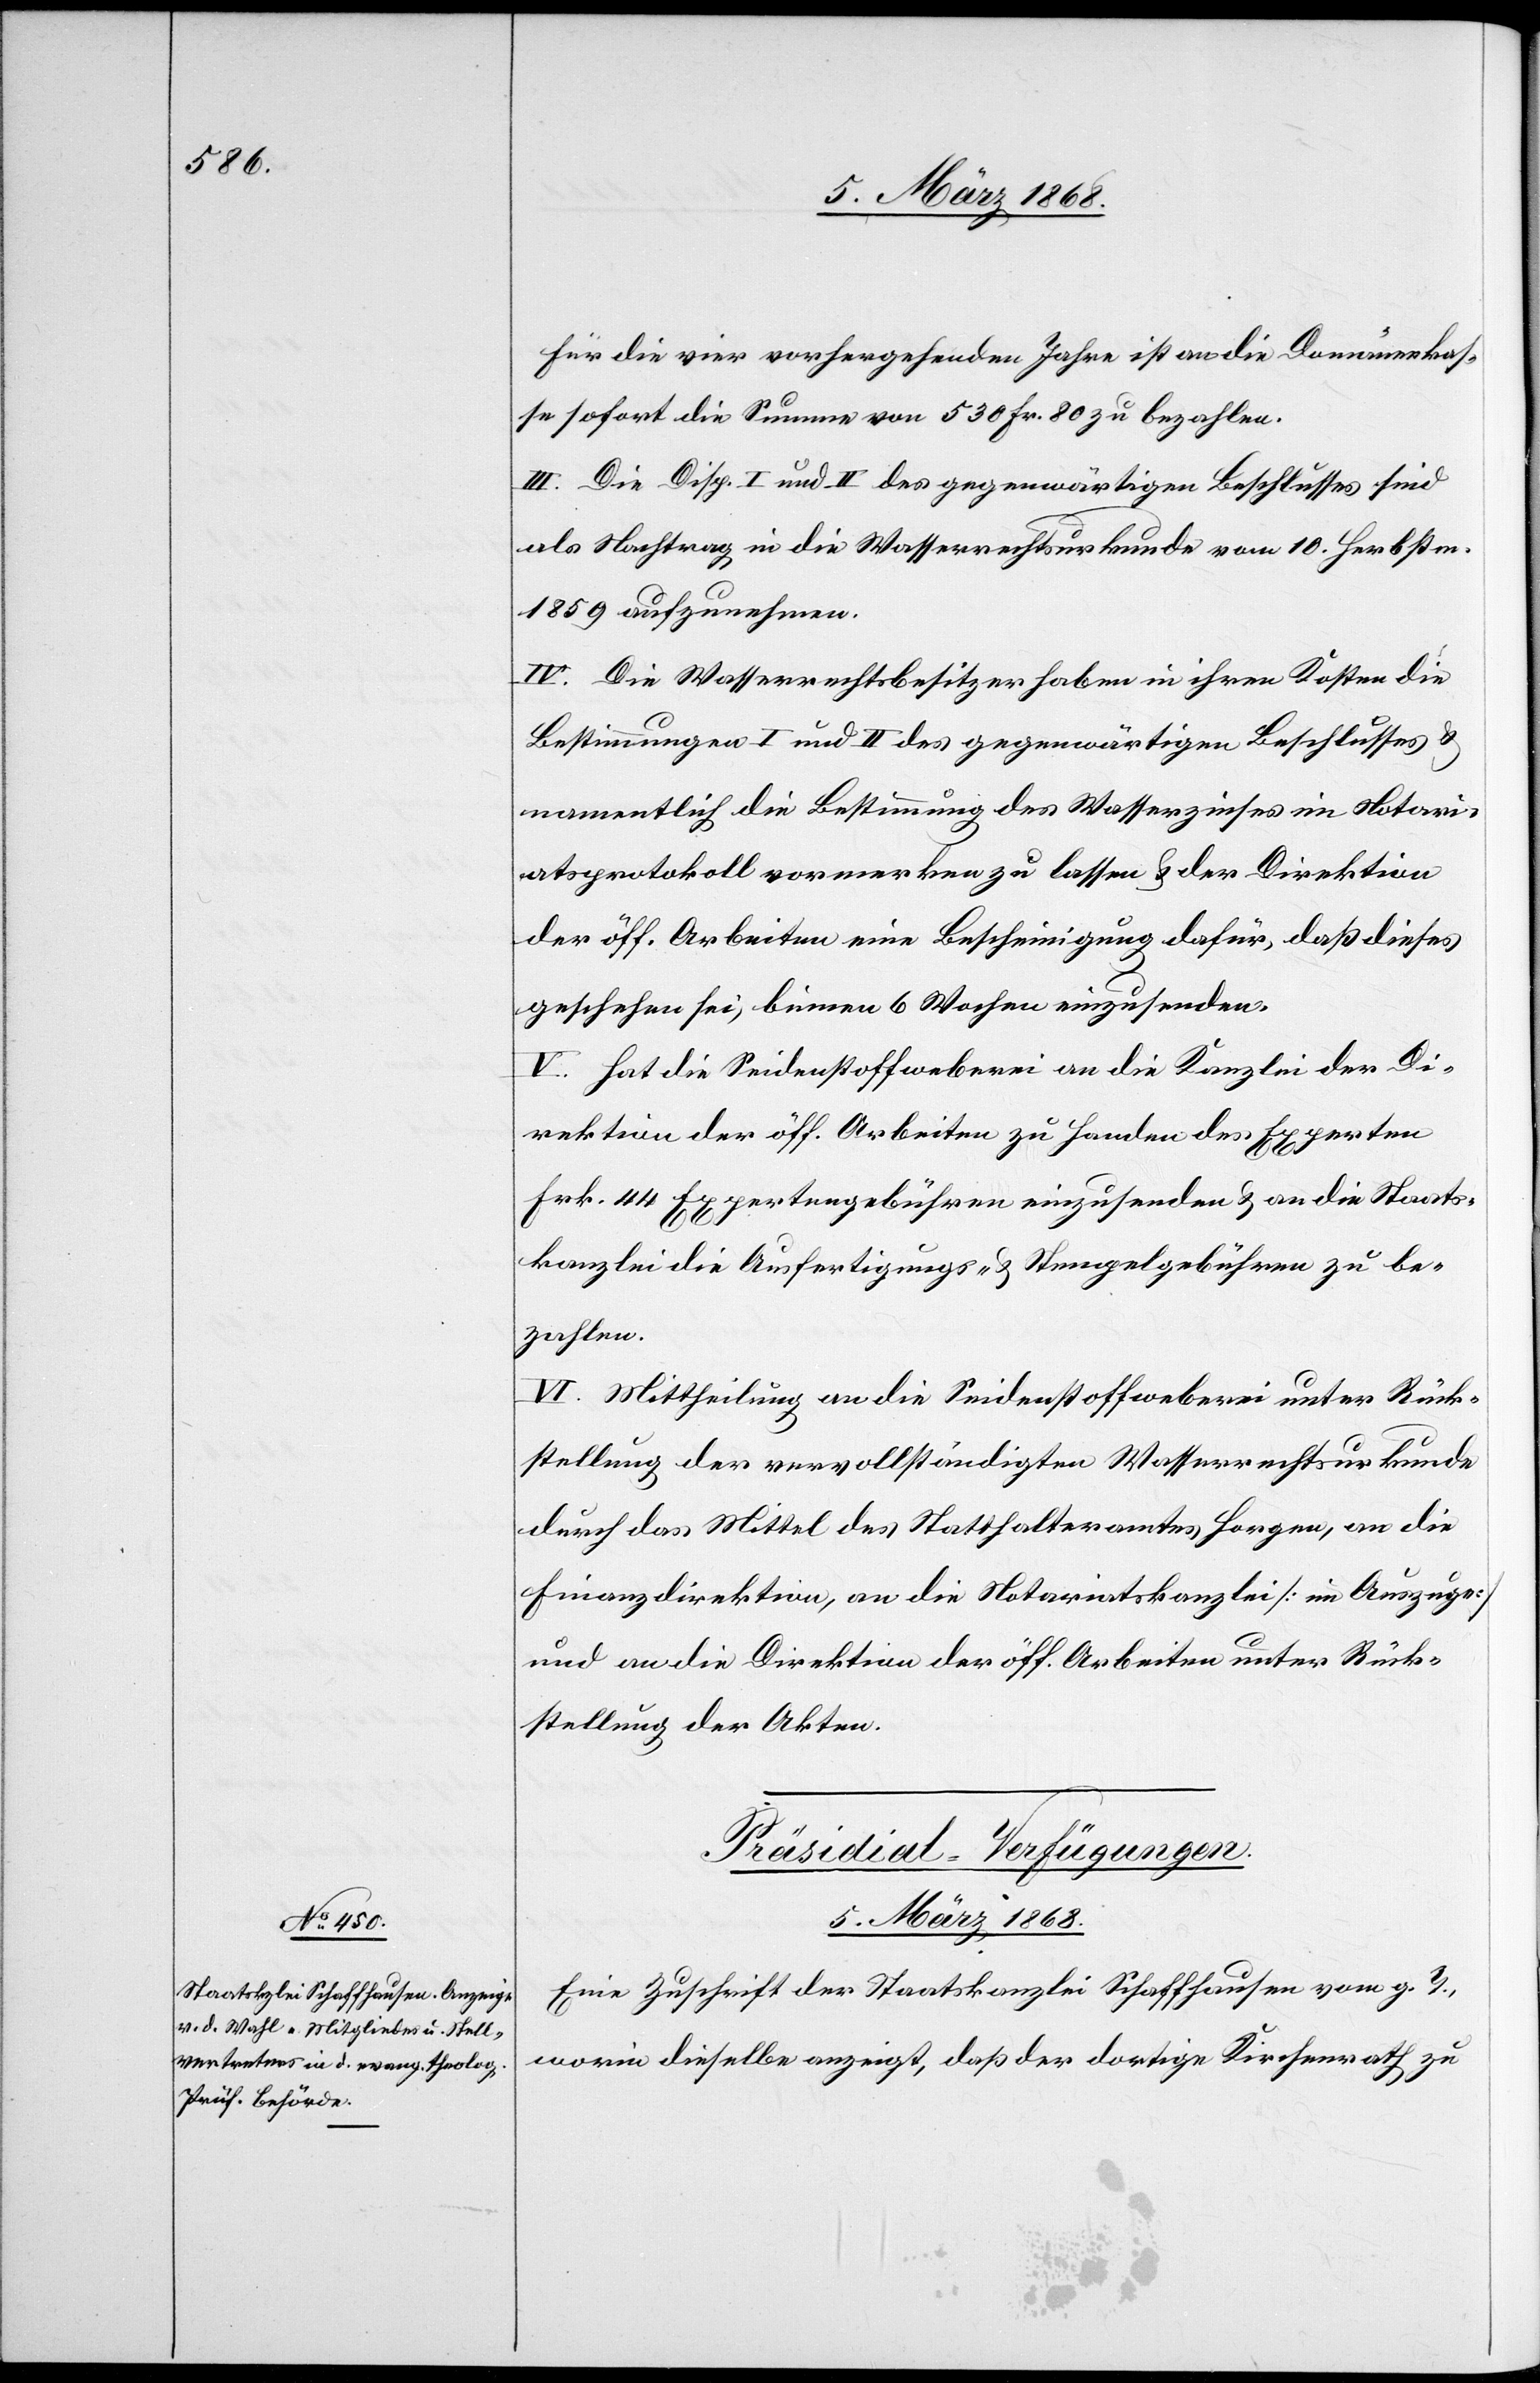
Für die vier vorhergehenden Jahre ist an die Domänenkas¬
se sofort die Summe von 530 Fr. 80 zu bezahlen.
III. Die Disp. I und II des gegenwärtigen Beschlusses sind
als Nachtrag in die Wasserrechtsurkunde vom 10. Herbstm.
1859 aufzunehmen.
IV. Die Wasserrechtsbesitzer haben in ihren Kosten die
Bestimmungen I und II des gegenwärtigen Beschlusses &
namentlich die Bestimmung des Wasserzinses im Notari¬
atsprotokoll vormerken zu lassen & der Direktion
der öff. Arbeiten eine Bescheinigung dafür, daß dieses
geschehen sei, binnen 6 Wochen einzusenden.
V. Hat die Seidenstoffweberei an die Kanzlei der Di¬
rektion der öff. Arbeiten zu Handen des Experten
Frk. 44 Expertengebühren einzusenden & an die Staats¬
kanzlei die Ausfertigungs- & Stempelgebühren zu be¬
zahlen.
VI. Mittheilung an die Seidenstoffweberei unter Rück¬
stellung der vervollständigten Wasserrechtsurkunde
durch das Mittel des Statthalteramtes Horgen, an die
Finanzdirektion, an die Notariatskanzlei [im Auszuge]
und an die Direktion der öff. Arbeiten unter Rück¬
stellung der Akten.
Präsidial-Verfügungen.
5. März 1868.
Eine Zuschrift der Staatskanzlei Schaffhausen vom g. T.,
worin dieselbe anzeigt, daß der dortige Kirchenrath zu